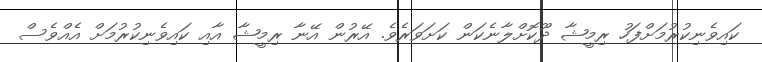
ކައިވެނިކުރުމަށްފަހު ރިމީޝާ ދޫކޮށްލާނެކަން ކަށަވަރެވެ. އޭރުން އޭނާ ރިމީޝާ އާއި ކައިވެނިކުރުމަށް އެއްވެސް